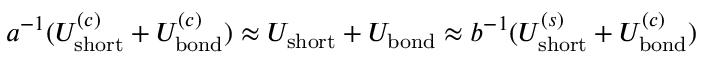
a ^ { - 1 } ( U _ { \mathrm { s h o r t } } ^ { ( c ) } + U _ { \mathrm { b o n d } } ^ { ( c ) } ) \approx U _ { \mathrm { s h o r t } } + U _ { \mathrm { b o n d } } \approx b ^ { - 1 } ( U _ { \mathrm { s h o r t } } ^ { ( s ) } + U _ { \mathrm { b o n d } } ^ { ( c ) } )